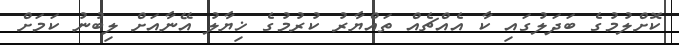
ކޮށްލުމުގެ ބަދަލުގައި ކާ އެއްޗެއް ތައްޔާރު ކުރުމުގެ ޚިޔާލު އޭނާއަށް ލިބުނު ކަމަށް